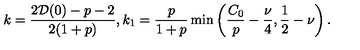
k = \frac { 2 { \cal D } ( 0 ) - p - 2 } { 2 ( 1 + p ) } , k _ { 1 } = \frac { p } { 1 + p } \min \left( \frac { C _ { 0 } } { p } - \frac { \nu } { 4 } , \frac { 1 } { 2 } - \nu \right) \mathrm { . }